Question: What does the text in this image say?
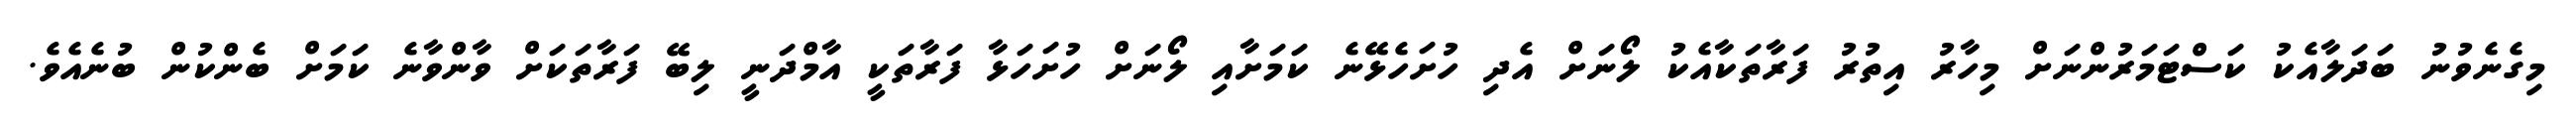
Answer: މިގެނެވުނު ބަދަލާއެކު ކަސްޓަމަރުންނަށް މިހާރު އިތުރު ފަރާތަކާއެކު ލޯނަށް އެދި ހުށަހެޅޭނެ ކަމަށާއި ލޯނަށް ހުށަހަޅާ ފަރާތަކީ އާމްދަނީ ލިބޭ ފަރާތަކަށް ވާންވާނެ ކަމަށް ބެންކުން ބުނެއެވެ.